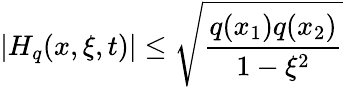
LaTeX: \left|H_{q}(x,\xi,t)\right|\leq\sqrt{\frac{q(x_{1})q(x_{2})}{1-\xi^{2}}}